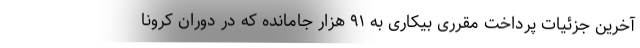
آخرین جزئیات پرداخت مقرری بیکاری به ۹۱ هزار جامانده که در دوران کرونا